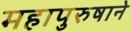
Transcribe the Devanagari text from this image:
महापुरुषाने